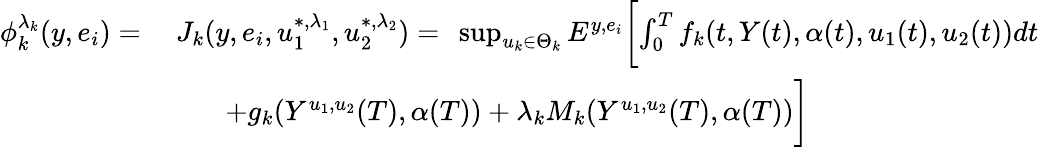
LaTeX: \begin{array}{rl}{\phi_{k}^{\lambda_{k}}(y,e_{i})=}&{\ J_{k}(y,e_{i},u_{1}^{*,\lambda_{1}},u_{2}^{*,\lambda_{2}})=\ \operatorname*{sup}_{u_{k}\in\Theta_{k}}E^{y,e_{i}}\biggl[\int_{0}^{T}f_{k}(t,Y(t),\alpha(t),u_{1}(t),u_{2}(t))dt}\\ &{\qquad+g_{k}(Y^{u_{1},u_{2}}(T),\alpha(T))+\lambda_{k}M_{k}(Y^{u_{1},u_{2}}(T),\alpha(T))\biggr]}\end{array}